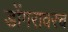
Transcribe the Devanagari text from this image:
डोंगरावरच